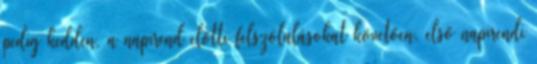
pedig kedden, a napirend előtti felszólalásokat követően, első napirendi